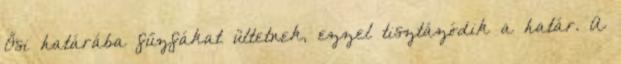
Ősi határába fűzfákat ültetnek, ezzel tisztázódik a határ. A